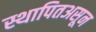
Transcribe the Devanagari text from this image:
स्थापितअसून